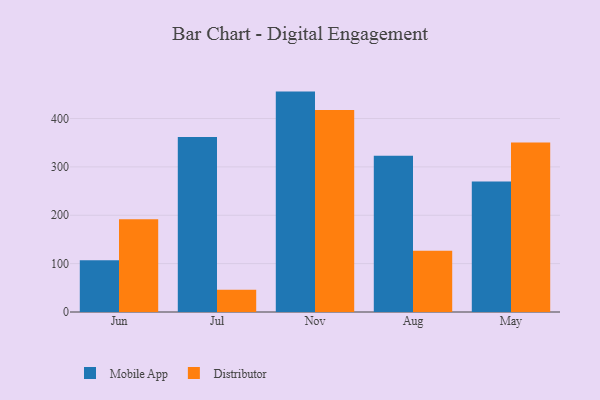
{"axis": {"x": "Month", "y": "Backlog"}, "legend": ["Distributor", "Mobile App"], "data": [{"x": "Jun", "y": 107.2, "type": "Mobile App"}, {"x": "Jun", "y": 191.8, "type": "Distributor"}, {"x": "Jul", "y": 362.0, "type": "Mobile App"}, {"x": "Jul", "y": 46.2, "type": "Distributor"}, {"x": "Nov", "y": 455.7, "type": "Mobile App"}, {"x": "Nov", "y": 417.8, "type": "Distributor"}, {"x": "Aug", "y": 322.9, "type": "Mobile App"}, {"x": "Aug", "y": 126.8, "type": "Distributor"}, {"x": "May", "y": 269.8, "type": "Mobile App"}, {"x": "May", "y": 350.5, "type": "Distributor"}]}